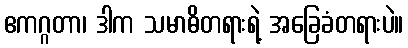
ဧကဂ္ဂတာ၊ ဒါက သမာဓိတရားရဲ့ အခြေခံတရားပဲ။